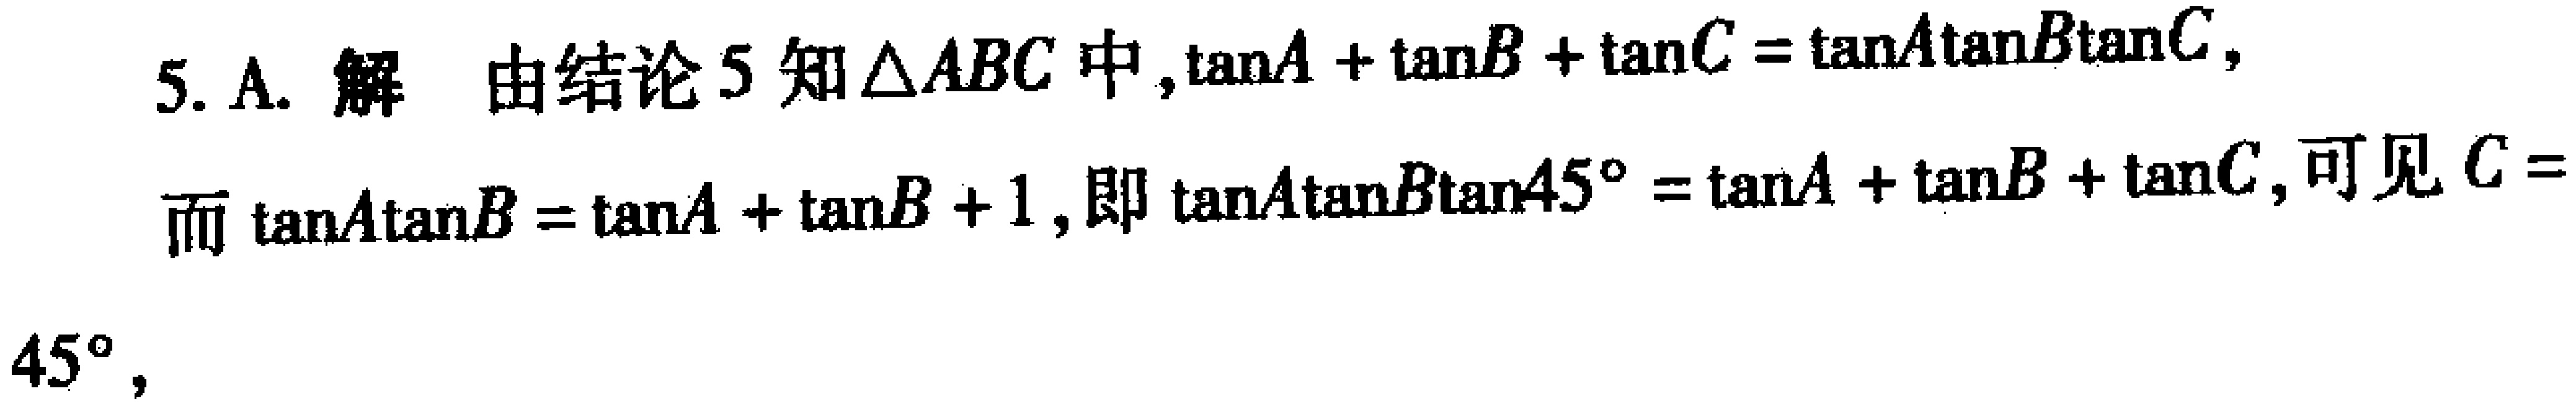
5. A. 解 由结论5知\(\triangle ABC\)中，\(\tan A+\tan B + \tan C=\tan A\tan B\tan C\)，而\(\tan A\tan B=\tan A+\tan B + 1\)，即\(\tan A\tan B\tan45^{\circ}=\tan A+\tan B+\tan C\)，可见\(C = 45^{\circ}\)，